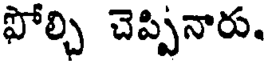
ఫోల్చి చెప్పినారు.